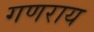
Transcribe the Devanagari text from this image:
गणराय